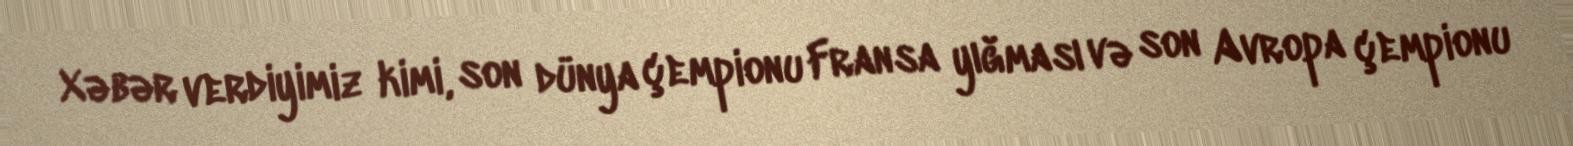
Xəbər verdiyimiz kimi, son dünya çempionu Fransa yığması və son Avropa çempionu